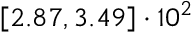
\left[ 2 . 8 7 , 3 . 4 9 \right] \cdot 1 0 ^ { 2 }